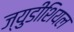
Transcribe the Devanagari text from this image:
ज्युडीशियल